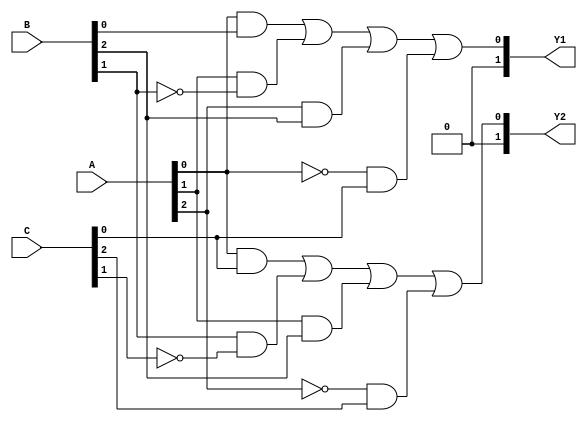
module PLA (
    input wire [N-1:0] A,  // Input signals (A, B, C, ...)
    input wire [N-1:0] B,
    input wire [N-1:0] C,
    // Add more inputs as needed
    output wire [M-1:0] Y1, // Output signals (Y1, Y2, ...)
    output wire [M-1:0] Y2
    // Add more outputs as needed
);
    parameter N = 3; // Number of inputs
    parameter M = 2; // Number of outputs
    parameter P = 4; // Number of product terms in AND plane

    // AND plane: Programmable AND gates
    wire [P-1:0] and_out [0:M-1]; // Outputs of AND gates for each output

    // Example of programmable connections for AND gates
    assign and_out[0][0] = A[0] & B[0]; // AND gate 0 for output Y1
    assign and_out[0][1] = A[1] & ~B[1]; // AND gate 1 for output Y1
    assign and_out[0][2] = A[2] & B[2]; // AND gate 2 for output Y1
    assign and_out[0][3] = ~A[0] & C[0]; // AND gate 3 for output Y1

    assign and_out[1][0] = A[0] & C[0]; // AND gate 0 for output Y2
    assign and_out[1][1] = B[1] & ~C[1]; // AND gate 1 for output Y2
    assign and_out[1][2] = A[1] & B[2]; // AND gate 2 for output Y2
    assign and_out[1][3] = ~A[2] & C[2]; // AND gate 3 for output Y2

    // OR plane: Combine outputs from AND plane
    assign Y1 = and_out[0][0] | and_out[0][1] | and_out[0][2] | and_out[0][3]; // Output Y1
    assign Y2 = and_out[1][0] | and_out[1][1] | and_out[1][2] | and_out[1][3]; // Output Y2

endmodule